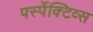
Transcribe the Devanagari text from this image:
पर्स्पेक्टिव्स